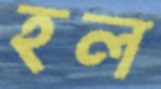
হল